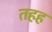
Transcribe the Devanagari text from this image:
तहह